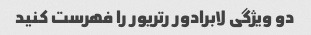
دو ویژگی لابرادور رتریور را فهرست کنید